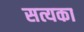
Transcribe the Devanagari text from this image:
सत्यका